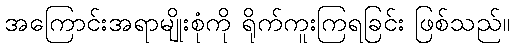
အကြောင်းအရာမျိုးစုံကို ရိုက်ကူးကြရခြင်း ဖြစ်သည်။